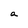
Character: a